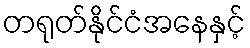
တရုတ်နိုင်ငံအနေနှင့်